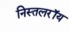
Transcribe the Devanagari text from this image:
निस्तलरॉय